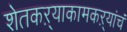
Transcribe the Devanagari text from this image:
शेतकऱ्याकामकऱ्यांचं